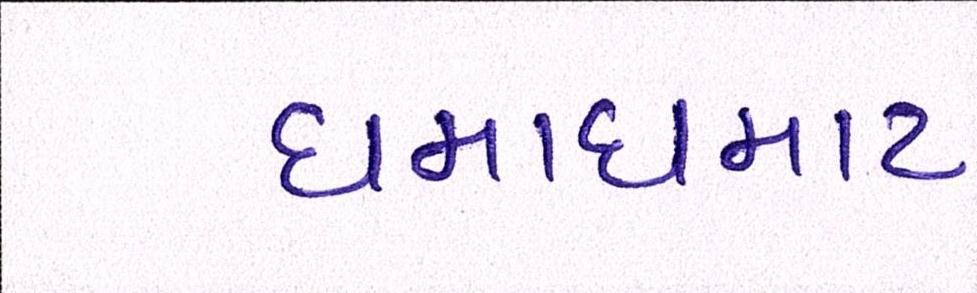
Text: ધમાધમાટ